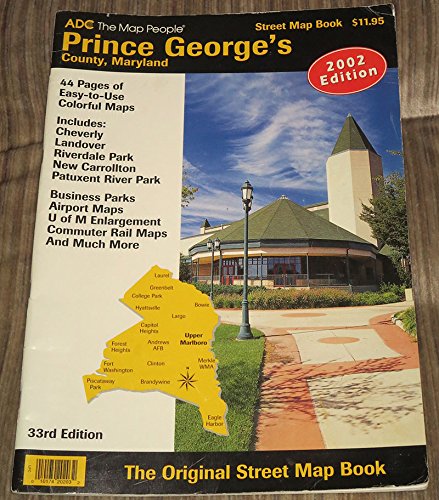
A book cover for ADC Prince George's County, Maryland; Adc; Travel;